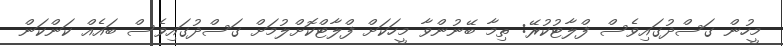
މީހުން ގަސްދުގައިވެސް ފްލާޓުކުރޭ: ތިމާ ބޭނުންވާ މީހަކަށް ފްލާޓްކޮށްލުމަށް ގަސްދުގައިވެސް ބައެއް ކަންކަން